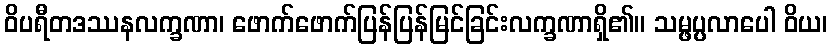
ဝိပရီတဒဿနလက္ခဏာ၊ ဖောက်ဖောက်ပြန်ပြန်မြင်ခြင်းလက္ခဏာရှိ၏။ သမ္ဖပ္ပလာပေါ ဝိယ၊